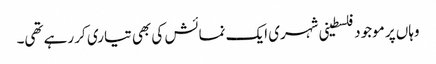
وہاں پر موجود فلسطینی شہری ایک نمائش کی بھی تیاری کر رہے تھی۔